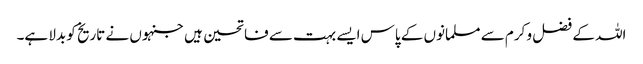
اللہ کے فضل و کرم سے مسلمانوں کے پاس ایسے بہت سے فاتحین ہیں جنہوں نے تاریخ کو بدلا ہے۔